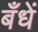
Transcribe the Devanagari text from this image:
बँधें